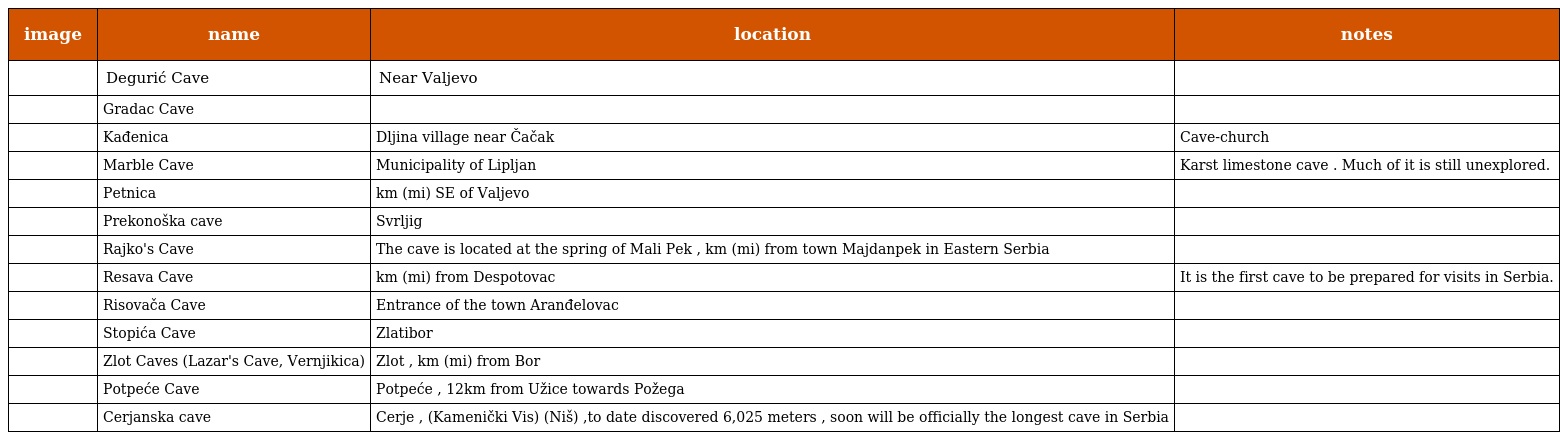
| image | name | location | notes |
 | --- | --- | --- | --- |
 |  | Degurić Cave | Near Valjevo |  |
 |  | Gradac Cave |  |  |
 |  | Kađenica | Dljina village near Čačak | Cave-church |
 |  | Marble Cave | Municipality of Lipljan | Karst limestone cave . Much of it is still unexplored. |
 |  | Petnica | km (mi) SE of Valjevo |  |
 |  | Prekonoška cave | Svrljig |  |
 |  | Rajko's Cave | The cave is located at the spring of Mali Pek , km (mi) from town Majdanpek in Eastern Serbia |  |
 |  | Resava Cave | km (mi) from Despotovac | It is the first cave to be prepared for visits in Serbia. |
 |  | Risovača Cave | Entrance of the town Aranđelovac |  |
 |  | Stopića Cave | Zlatibor |  |
 |  | Zlot Caves (Lazar's Cave, Vernjikica) | Zlot , km (mi) from Bor |  |
 |  | Potpeće Cave | Potpeće , 12km from Užice towards Požega |  |
 |  | Cerjanska cave | Cerje , (Kamenički Vis) (Niš) ,to date discovered 6,025 meters , soon will be officially the longest cave in Serbia |  |